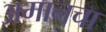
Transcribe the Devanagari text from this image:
अमानचा